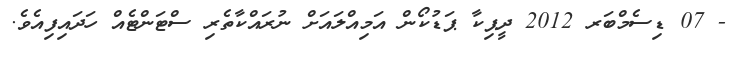
- 07 ޑިސެމްބަރ 2012 ދީޕިކާ ޕަޑުކޯން އަމިއްލައަށް ނުރައްކާތެރި ސްޓަންޓެއް ހަދައިފިއެވެ.